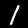
Digit: 1